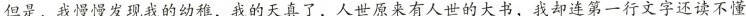
但是，我慢慢发现我的幼稚，我的天真了，人世原来有人世的大书，我却连第一行文字还读不懂